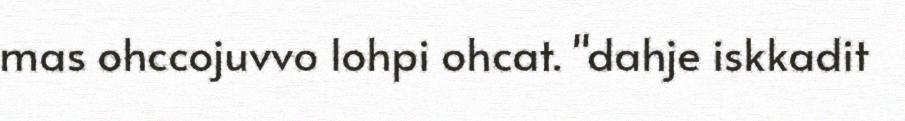
mas ohccojuvvo lohpi ohcat. "dahje iskkadit